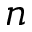
n